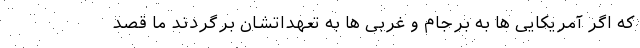
که اگر آمریکایی ها به برجام و غربی ها به تعهداتشان برگردند ما قصد